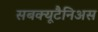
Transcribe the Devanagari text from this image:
सबक्यूटैनिअस